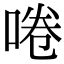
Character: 啳